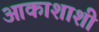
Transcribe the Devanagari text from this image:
आकाशाशी